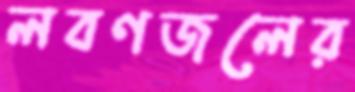
লবণজলের